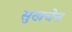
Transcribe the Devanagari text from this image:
सुखचेन